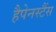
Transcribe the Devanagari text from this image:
हैपेनस्टैंस